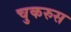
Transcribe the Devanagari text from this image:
चुकरुस